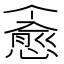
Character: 𪬪